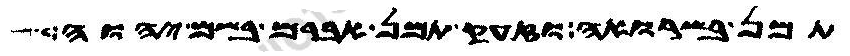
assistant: תמן בשרואה וזעק תמן אברם בשם יהוה